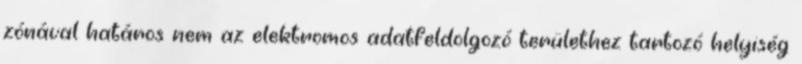
zónával határos nem az elektromos adatfeldolgozó területhez tartozó helyiség